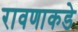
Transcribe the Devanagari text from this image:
रावणाकडे